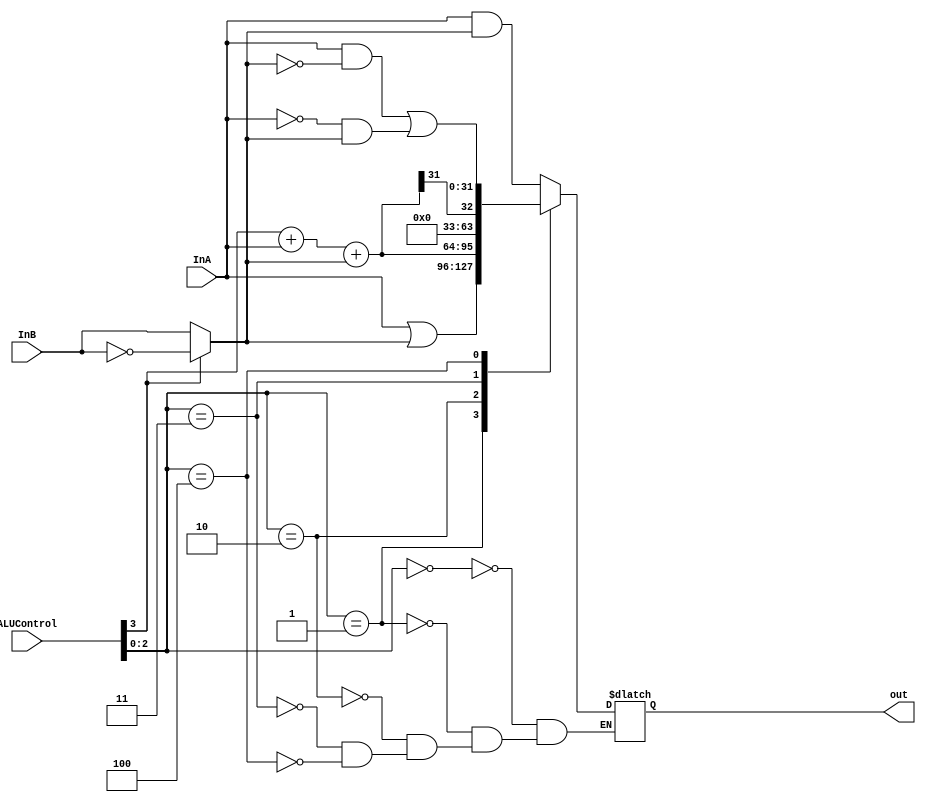
module ALU (input [31:0] InA, InB, input [3:0] ALUControl, output reg [31:0] out) ;
  wire [31:0] BB ;
  wire [31:0] S ;
  wire   cout ;
  
  //the first bit only determines whether or not input b is complemented or not
  assign BB = (ALUControl[3]) ? ~InB : InB ; 
  assign {cout, S} = ALUControl[3] + InA + BB;
  always @ * begin
   case (ALUControl[2:0]) 
    3'b000 : out <= InA & BB ; //and
    3'b001 : out <= InA | BB ; //or
    3'b010 : out <= S ; //add
    3'b011 : out <= {31'd0, S[31]}; //slt
    3'b100 : out <= (InA & ~BB) | (~InA & BB); //xor
   endcase
  end 
   
 endmodule